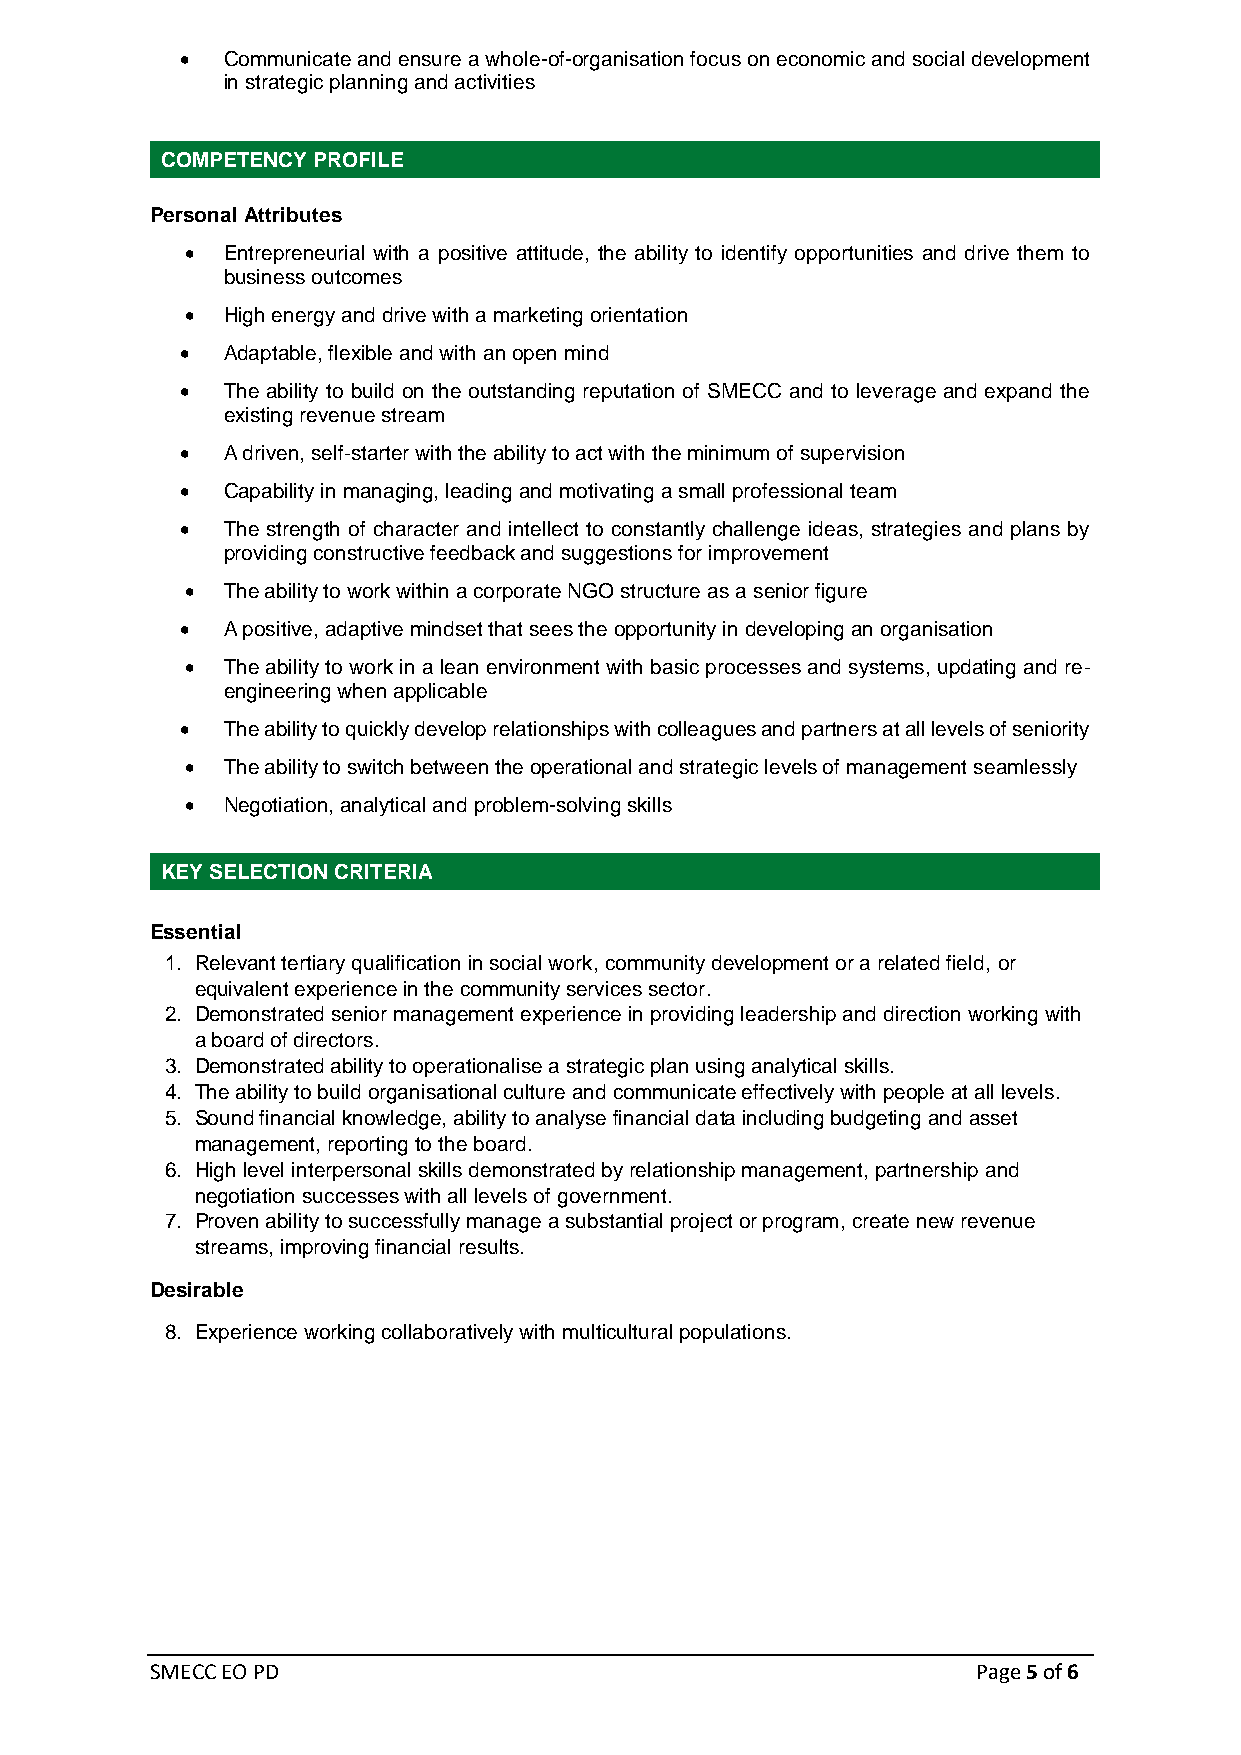
•  Communicate and ensure a whole-of-organisation focus on economic and social development
 in strategic planning and activities
 COMPETENCY PROFILE
 Personal Attributes
 •  Entrepreneurial with a positive attitude, the ability to identify opportunities and drive them to
 business outcomes
 •  High energy and drive with a marketing orientation
 •  Adaptable, flexible and with an open mind
 •  The ability to build on the outstanding reputation of SMECC and to leverage and expand the
 existing revenue stream
 •  A driven, self‐starter with the ability to act with the minimum of supervision
 •  Capability in managing, leading and motivating a small professional team
 •  The strength of character and intellect to constantly challenge ideas, strategies and plans by
 providing constructive feedback and suggestions for improvement
 •  The ability to work within a corporate NGO structure as a senior figure
 •  A positive, adaptive mindset that sees the opportunity in developing an organisation
 •  The ability to work in a lean environment with basic processes and systems, updating and re‐
 engineering when applicable
 •  The ability to quickly develop relationships with colleagues and partners at all levels of seniority
 •  The ability to switch between the operational and strategic levels of management seamlessly
 •  Negotiation, analytical and problem-solving skills
 KEY SELECTION CRITERIA
 Essential
 1. Relevant tertiary qualification in social work, community development or a related field, or
 equivalent experience in the community services sector.
 2. Demonstrated senior management experience in providing leadership and direction working with
 a board of directors.
 3. Demonstrated ability to operationalise a strategic plan using analytical skills.
 4. The ability to build organisational culture and communicate effectively with people at all levels.
 5. Sound financial knowledge, ability to analyse financial data including budgeting and asset
 management, reporting to the board.
 6. High level interpersonal skills demonstrated by relationship management, partnership and
 negotiation successes with all levels of government.
 7. Proven ability to successfully manage a substantial project or program, create new revenue
 streams, improving financial results.
 Desirable
 8. Experience working collaboratively with multicultural populations.
 SMECC EO PD                                            Page 5 of 6